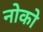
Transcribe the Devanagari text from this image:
नोको